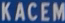
KACEM